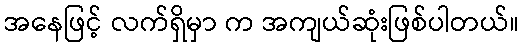
အနေဖြင့် လက်ရှိမှာ က အကျယ်ဆုံးဖြစ်ပါတယ်။